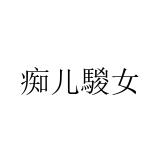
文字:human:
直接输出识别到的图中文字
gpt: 痴儿騣女